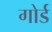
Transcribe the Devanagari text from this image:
गोर्ड